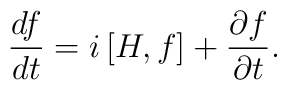
\frac{df}{dt}=i\,[H,f]+\frac{\partial f}{\partial t}.